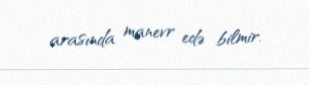
arasında manevr edə bilmir.